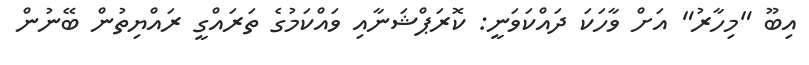
އިބޫ "މިހާރު" އަށް ވާހަކަ ދައްކަވަނީ: ކޮރަޕްޝަނާއި ވައްކަމުގެ ތަރައްގީ ރައްޔިތުން ބޭނުން